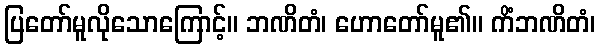
ပြတော်မူလိုသောကြောင့်။ ဘဏိတံ၊ ဟောတော်မူ၏။ ကိံဘဏိတံ၊